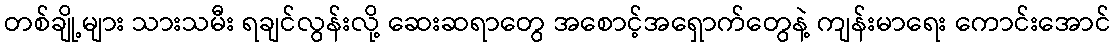
တစ်ချို့များ သားသမီး ရချင်လွန်းလို့ ဆေးဆရာတွေ အစောင့်အရှောက်တွေနဲ့ ကျန်းမာရေး ကောင်းအောင်